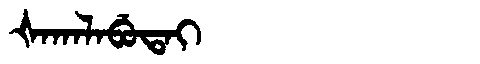
Manchu: ᡧᠠᡴᠠᠯᠠᠪᡠᡨᠠᡳ
Romanization: ŠAKALABUTAI